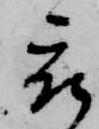
被